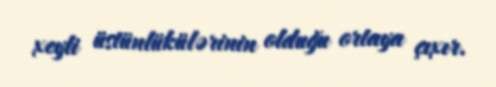
xeyli üstünlükülərinin olduğu ortaya çıxır.